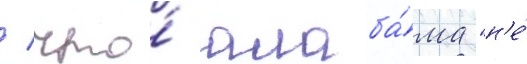
/ что́ алаба́ма "н'е́